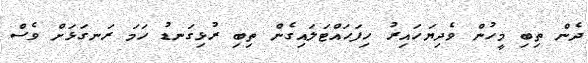
ދެން ތިބި މީހުން ވެދިޔަހައިރު ހިފަހައްޓަލައިގެން ތިބި ރުޅިގަނޑު ހަމަ ރަނގަޅަށް ވެސް